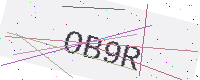
Text: OB9R